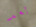
بعد